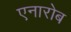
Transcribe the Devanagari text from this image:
एनारोब